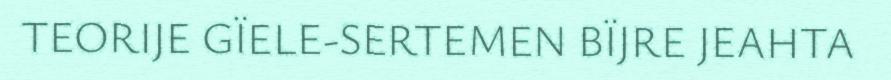
TEORIJE GÏELE-SERTEMEN BÏJRE JEAHTA